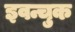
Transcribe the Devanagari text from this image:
इवन्चुक